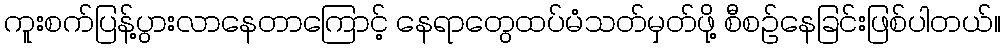
ကူးစက်ပြန့်ပွားလာနေတာကြောင့် နေရာတွေထပ်မံသတ်မှတ်ဖို့ စီစဉ်နေခြင်းဖြစ်ပါတယ်။